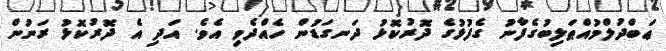
ޢަބްދުލްމުއްޠަލިބުގެފާނު ގެފުޅުގެ ދޮރުކޮޅު ދަނގަޑުން ހެއްދެވި އެވެ. އަދި އެ ދޮރުކޮޅު ރަނުން